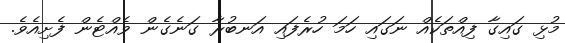
މުޅި ގައިގާ ފިއްތަކެއް ނަގައި ހަމަ ހުރެފައި އަނބުރާ ގަނެގެން ވެއްޓެން ފެށިއެވެ.